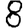
Digit: 8